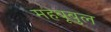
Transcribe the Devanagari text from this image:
महबूबुल